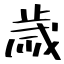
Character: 歲